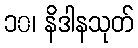
၁၀၊ နိဒါနသုတ်